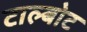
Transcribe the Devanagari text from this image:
टाल्बोट